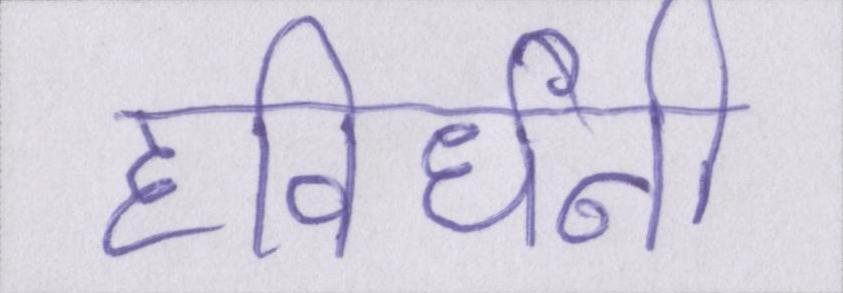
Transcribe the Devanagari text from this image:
हविर्धनी